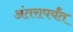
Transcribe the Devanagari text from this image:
अंतरापर्यँत